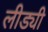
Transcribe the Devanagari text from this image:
लीड्यी